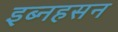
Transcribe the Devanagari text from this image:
इब्नहसन